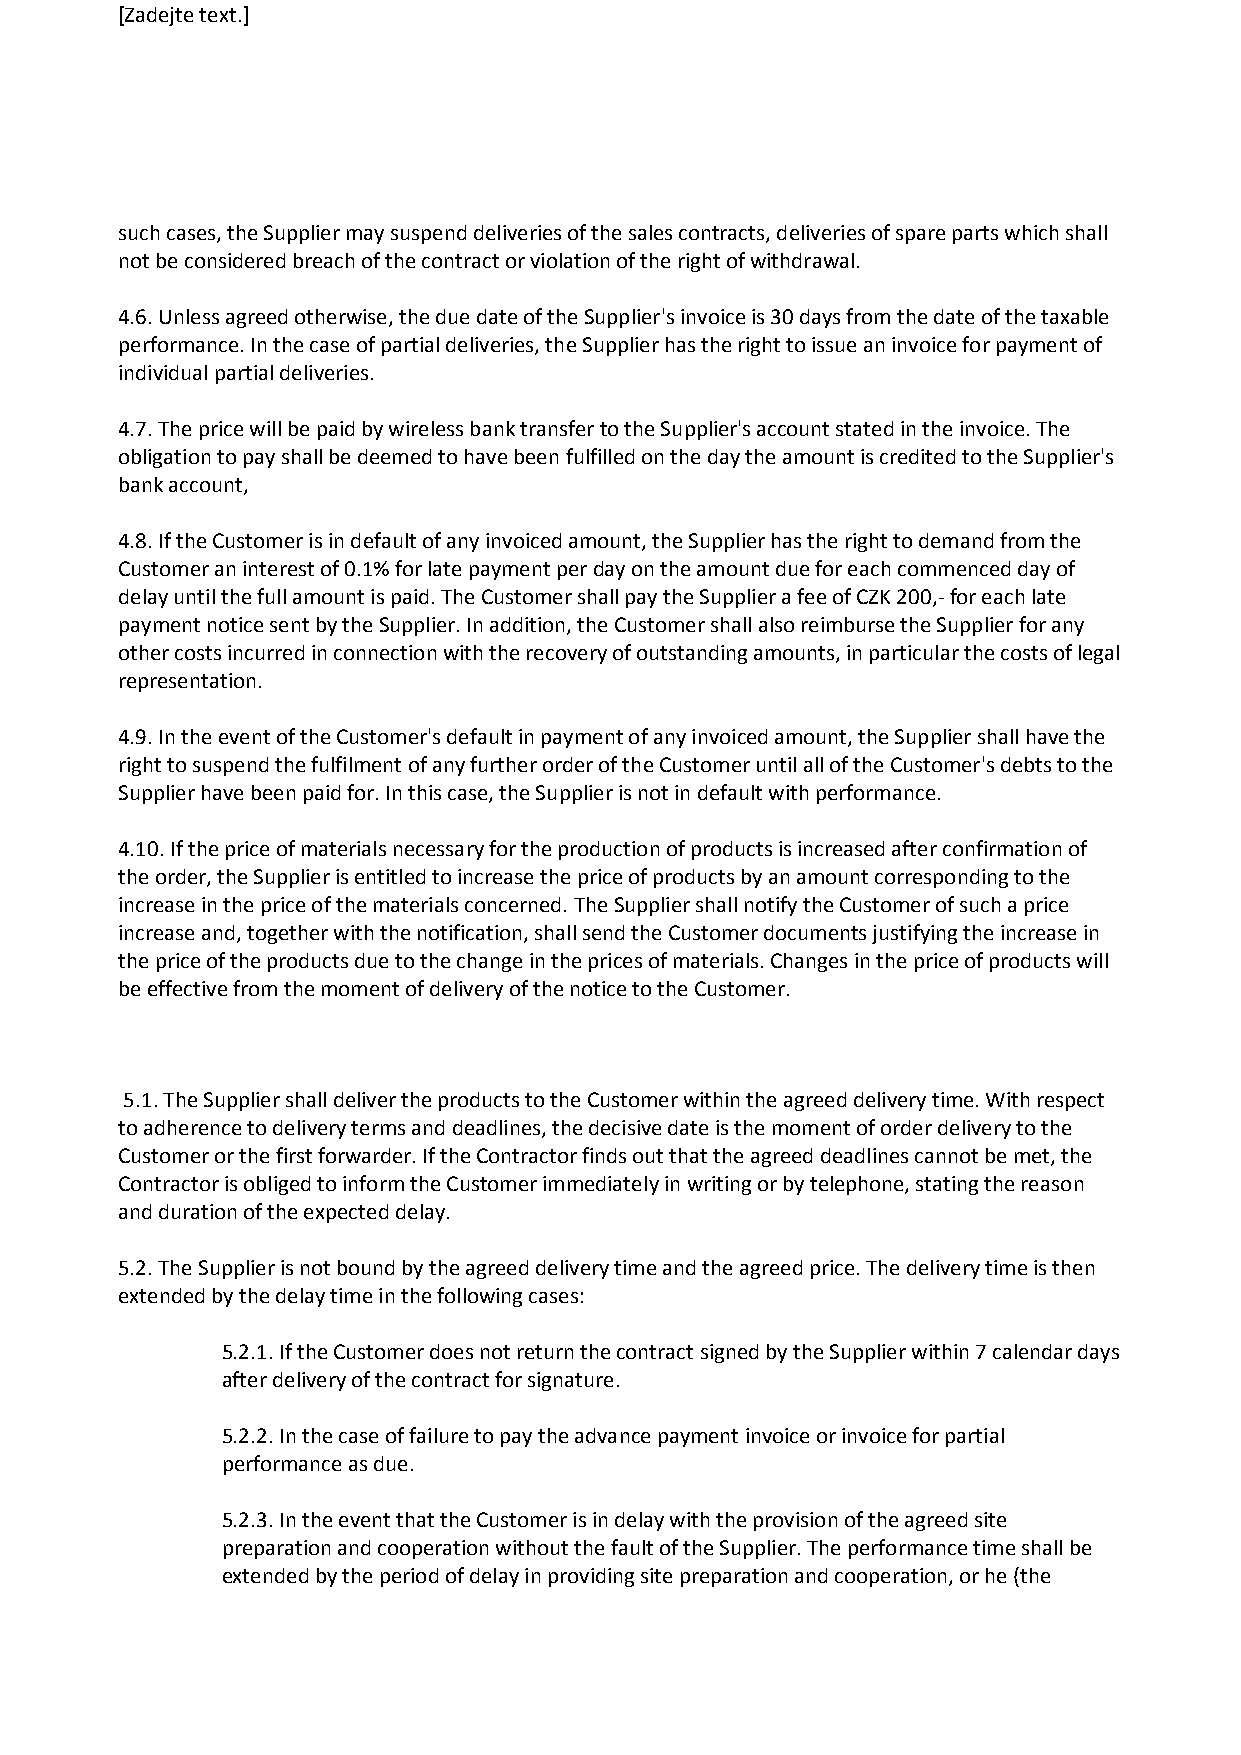
[Zadejte text.]
 such cases, the Supplier may suspend deliveries of the sales contracts, deliveries of spare parts which shall
 not be considered breach of the contract or violation of the right of withdrawal.
 4.6. Unless agreed otherwise, the due date of the Supplier's invoice is 30 days from the date of the taxable
 performance. In the case of partial deliveries, the Supplier has the right to issue an invoice for payment of
 individual partial deliveries.
 4.7. The price will be paid by wireless bank transfer to the Supplier's account stated in the invoice. The
 obligation to pay shall be deemed to have been fulfilled on the day the amount is credited to the Supplier's
 bank account,
 4.8. If the Customer is in default of any invoiced amount, the Supplier has the right to demand from the
 Customer an interest of 0.1% for late payment per day on the amount due for each commenced day of
 delay until the full amount is paid. The Customer shall pay the Supplier a fee of CZK 200,- for each late
 payment notice sent by the Supplier. In addition, the Customer shall also reimburse the Supplier for any
 other costs incurred in connection with the recovery of outstanding amounts, in particular the costs of legal
 representation.
 4.9. In the event of the Customer's default in payment of any invoiced amount, the Supplier shall have the
 right to suspend the fulfilment of any further order of the Customer until all of the Customer's debts to the
 Supplier have been paid for. In this case, the Supplier is not in default with performance.
 4.10. If the price of materials necessary for the production of products is increased after confirmation of
 the order, the Supplier is entitled to increase the price of products by an amount corresponding to the
 increase in the price of the materials concerned. The Supplier shall notify the Customer of such a price
 increase and, together with the notification, shall send the Customer documents justifying the increase in
 the price of the products due to the change in the prices of materials. Changes in the price of products will
 be effective from the moment of delivery of the notice to the Customer.
 Art. 5. Delivery of products or works
 5.1. The Supplier shall deliver the products to the Customer within the agreed delivery time. With respect
 to adherence to delivery terms and deadlines, the decisive date is the moment of order delivery to the
 Customer or the first forwarder. If the Contractor finds out that the agreed deadlines cannot be met, the
 Contractor is obliged to inform the Customer immediately in writing or by telephone, stating the reason
 and duration of the expected delay.
 5.2. The Supplier is not bound by the agreed delivery time and the agreed price. The delivery time is then
 extended by the delay time in the following cases:
 5.2.1. If the Customer does not return the contract signed by the Supplier within 7 calendar days
 after delivery of the contract for signature.
 5.2.2. In the case of failure to pay the advance payment invoice or invoice for partial
 performance as due.
 5.2.3. In the event that the Customer is in delay with the provision of the agreed site
 preparation and cooperation without the fault of the Supplier. The performance time shall be
 extended by the period of delay in providing site preparation and cooperation, or he (the